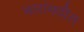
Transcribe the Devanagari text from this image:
भारांमधील